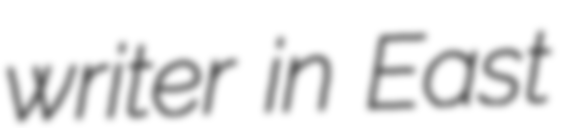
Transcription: writer in East